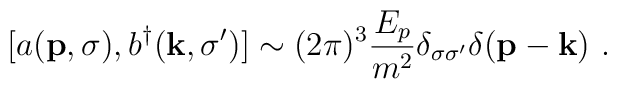
[a ({\bf p},\sigma ) ,b^\dagger ({\bf k},\sigma^\prime ) ] \sim (2\pi)^3 {E_p\over m^2}\delta_{\sigma\sigma^\prime} \delta ({\bf p} - {\bf k}) \,\, .